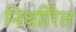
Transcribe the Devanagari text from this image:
निर्धारित